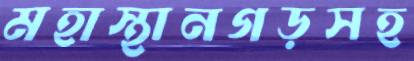
মহাস্থানগড়সহ